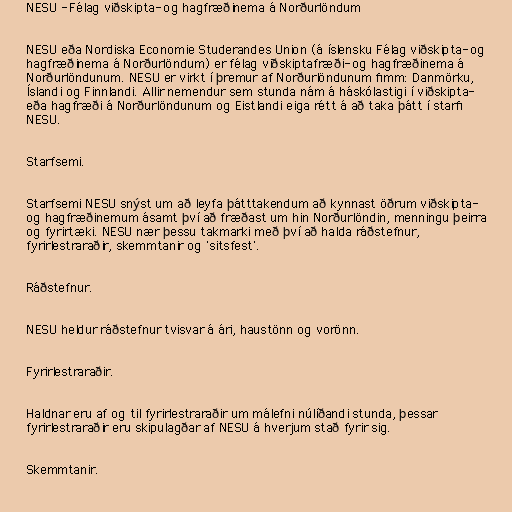
NESU - Félag viðskipta- og hagfræðinema á Norðurlöndum

NESU eða Nordiska Economie Studerandes Union (á íslensku Félag viðskipta- og
hagfræðinema á Norðurlöndum) er félag viðskiptafræði- og hagfræðinema á
Norðurlöndunum. NESU er virkt í þremur af Norðurlöndunum fimm: Danmörku,
Íslandi og Finnlandi. Allir nemendur sem stunda nám á háskólastigi í viðskipta-
eða hagfræði á Norðurlöndunum og Eistlandi eiga rétt á að taka þátt í starfi
NESU.

Starfsemi.

Starfsemi NESU snýst um að leyfa þátttakendum að kynnast öðrum viðskipta-
og hagfræðinemum ásamt því að fræðast um hin Norðurlöndin, menningu þeirra
og fyrirtæki. NESU nær þessu takmarki með því að halda ráðstefnur,
fyrirlestraraðir, skemmtanir og 'sitsfest'.

Ráðstefnur.

NESU heldur ráðstefnur tvisvar á ári, haustönn og vorönn.

Fyrirlestraraðir.

Haldnar eru af og til fyrirlestraraðir um málefni núlíðandi stunda, þessar
fyrirlestraraðir eru skipulagðar af NESU á hverjum stað fyrir sig.

Skemmtanir.